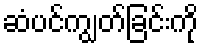
ဆံပင်ကျွတ်ခြင်းကို